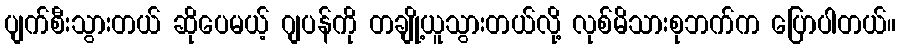
ပျက်စီးသွားတယ် ဆိုပေမယ့် ဂျပန်ကို တချို့ယူသွားတယ်လို့ လုစ်မိသားစုဘက်က ပြောပါတယ်။